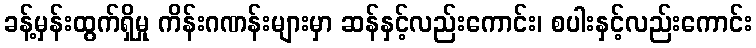
ခန့်မှန်းထွက်ရှိမှု ကိန်းဂဏန်းများမှာ ဆန်နှင့်လည်းကောင်း၊ စပါးနှင့်လည်းကောင်း